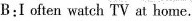
B: I often watch TV at home.